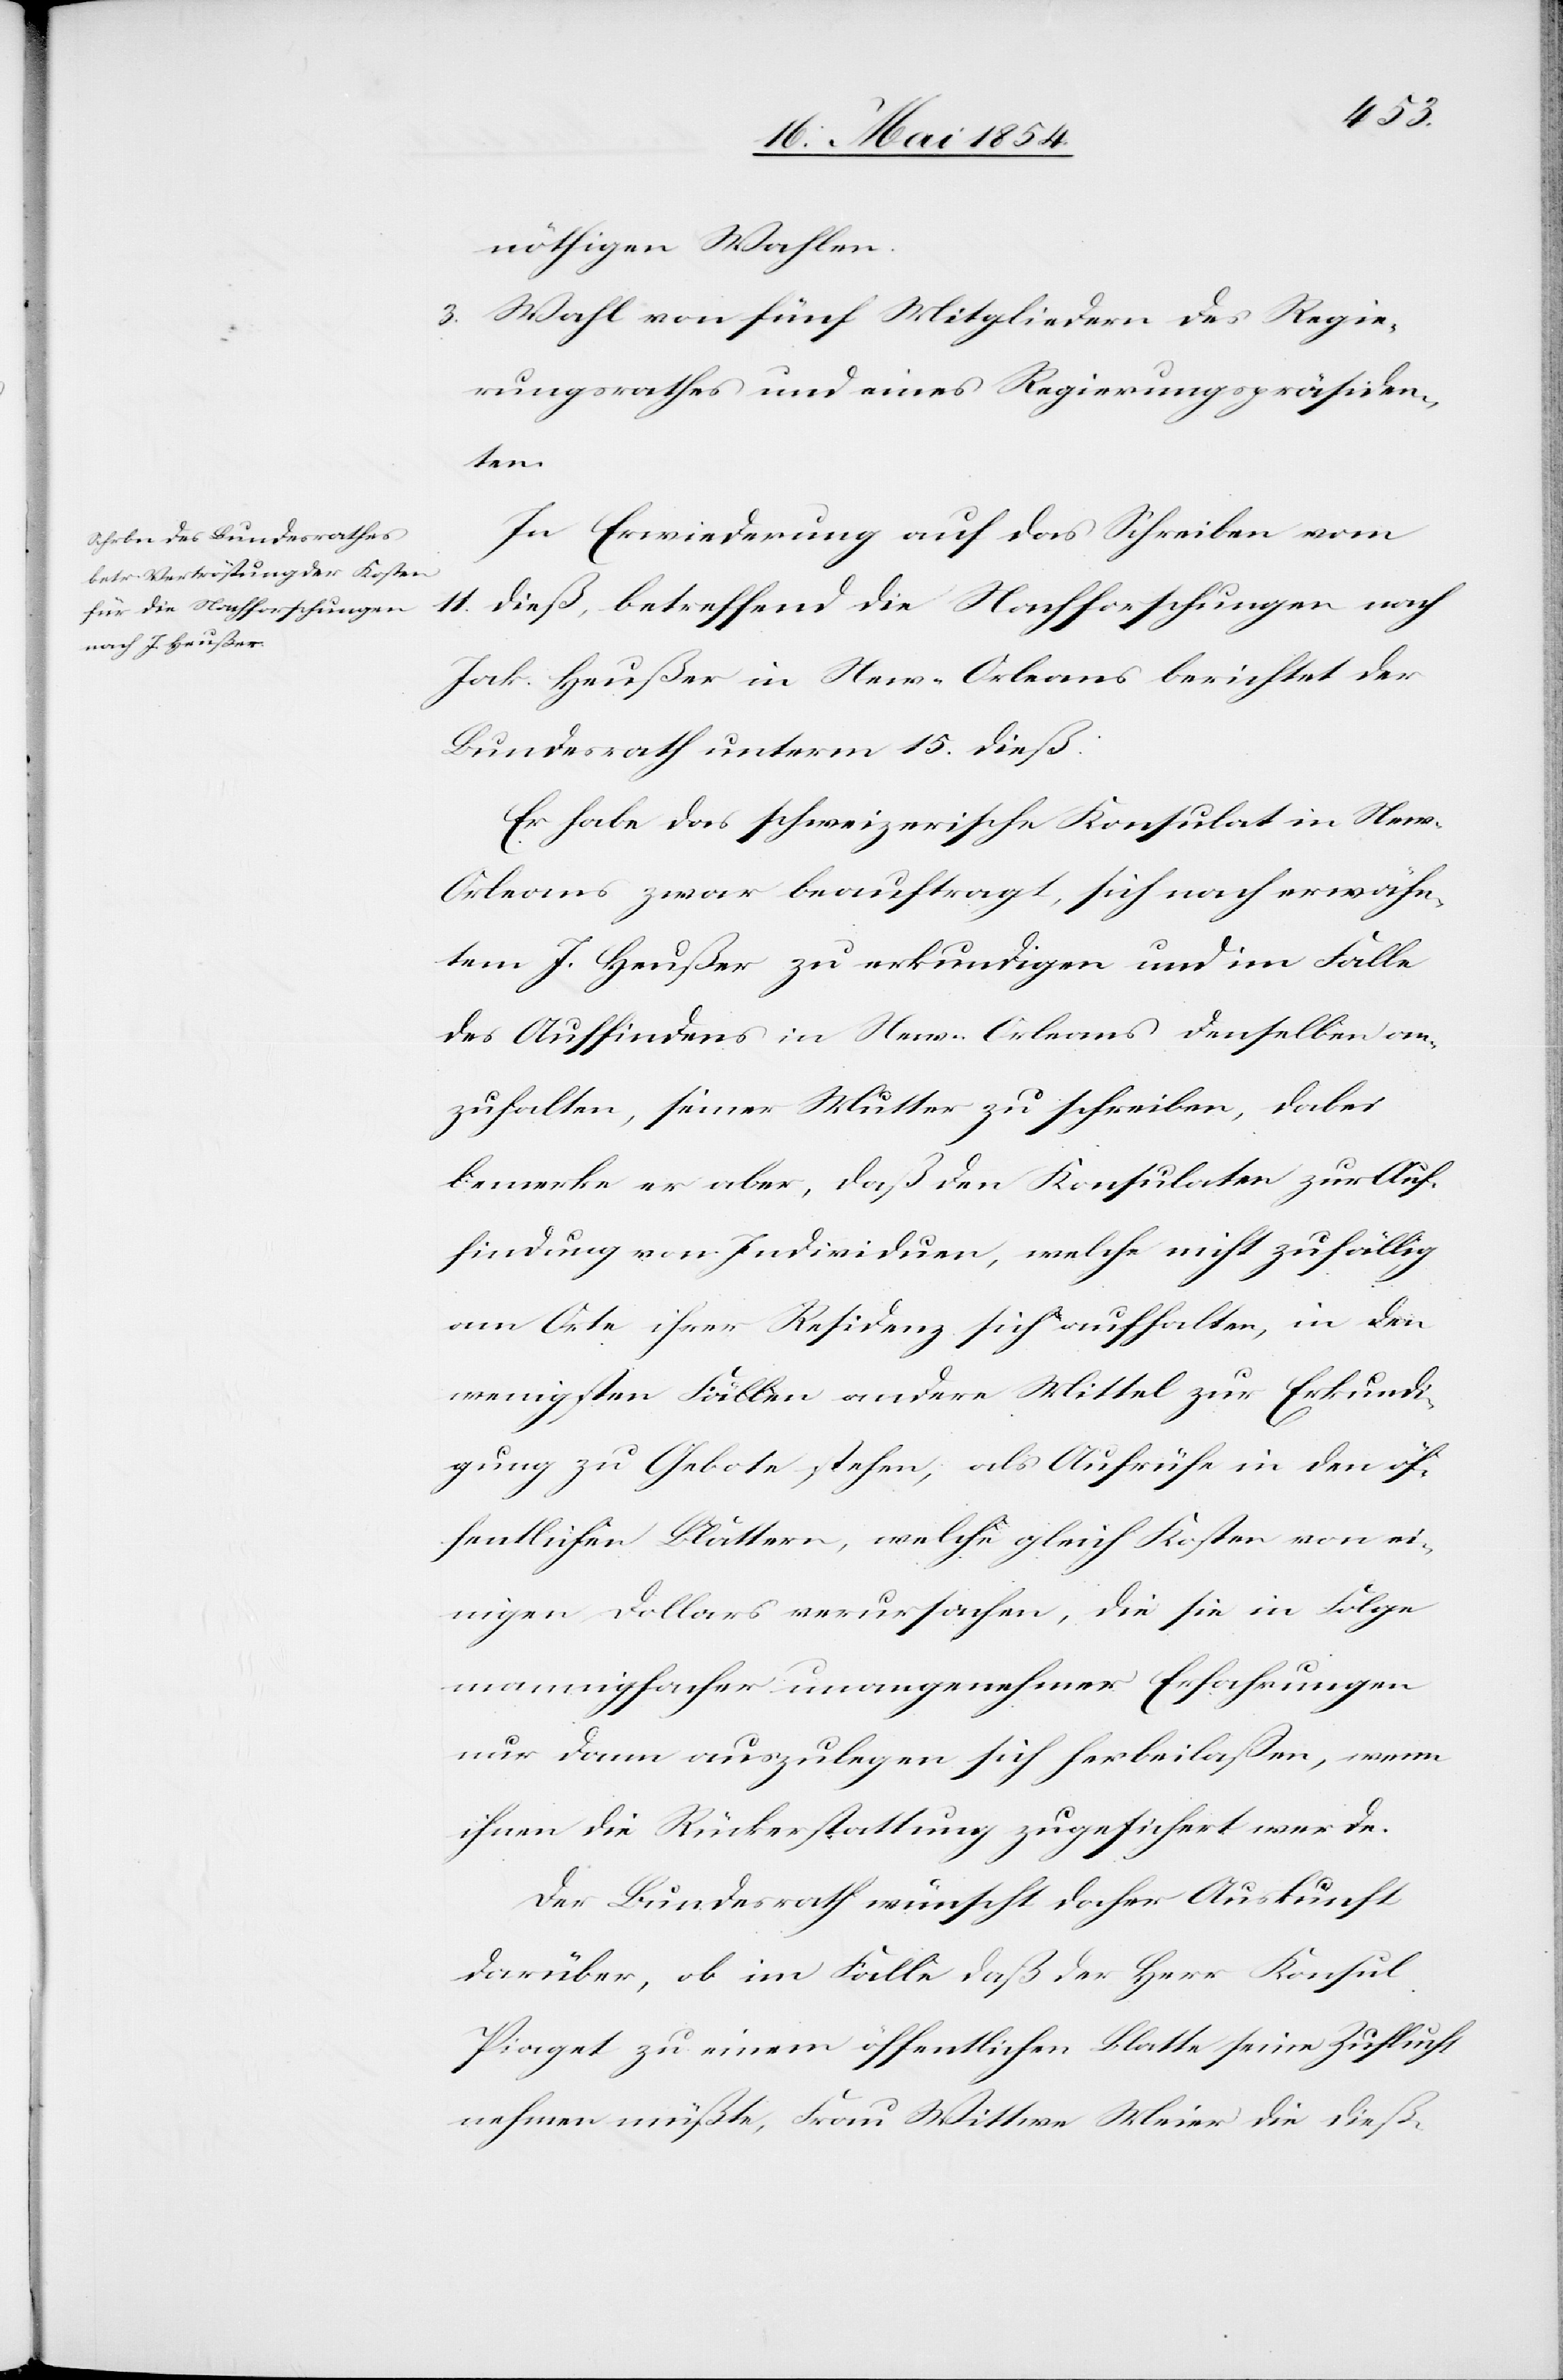
nöthigen Wahlen.
3. Wahl von fünf Mitgliedern des Regie¬
rungsrathes und eines Regierungspräsiden¬
ten.
In Erwiederung auf das Schreiben vom
11.
dieß, betreffend die Nachforschungen nach
Jak. Heußer in New-Orleans berichtet der
Bundesrath unterm 15. dieß:
Er habe das schweizerische Konsulat in New-O¬
rleans zwar beauftragt, sich nach erwähn¬
tem J. Heußer zu erkundigen und im Falle
des Auffindens in New-Orleans denselben an¬
zuhalten, seiner Mutter zu schreiben, dabei
bemerke er aber, daß den Konsulaten zur Auf¬
findung von Individuen, welche nicht zufällig
am Orte ihrer Residenz sich aufhalten, in den
wenigsten Fällen andere Mittel zu Erkundi¬
gungen zu Gebote stehen, als Aufrüfe in den öf¬
fentlichen Blättern, welche gleich Kosten von ei¬
nigen Dollars verursachen, die sie in Folge
mannigfacher unangenehmer Erfahrungen
nur dann auszulegen sich herbeilaßen, wenn
ihnen die Rückerstattung zugesichert werde.
Der Bundesrath wünscht daher Auskunft
darüber, ob im Falle daß der Herr Konsul
Piaget zu einem öffentlichen Blatte seine Zuflucht
nehmen müßte, Frau Wittwe Meier die dieß-